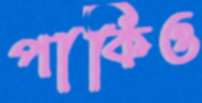
পাকিও